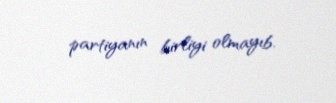
partiyanın birliyi olmayıb.